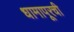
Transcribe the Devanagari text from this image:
धामापूरची